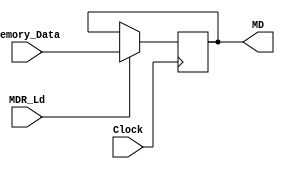
module Memory_Data_Register (
							output reg [31:0] MD,
							input [31:0] Memory_Data,
							input MDR_Ld,
							input Clock
							);
	always @ (negedge Clock)
		begin
		if (MDR_Ld)
			begin
			MD <= Memory_Data;
			end
		end
endmodule